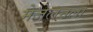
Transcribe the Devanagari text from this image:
मेजेलनला